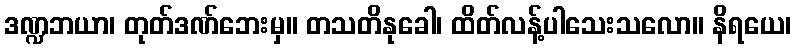
ဒဏ္ဍဘယာ၊ တုတ်ဒဏ်ဘေးမှ။ တသတိနုခေါ၊ ထိတ်လန့်ပါသေးသလော။ နိရယေ၊